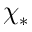
\chi _ { * }